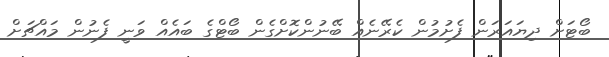
ބޯޓަށް ދިޔައަރަން ފެށުމުން ކެރޭނެއް ބޭނުންކޮށްގެން ބޯޓްގެ ބައެއް ވަނީ ފެނުން މައްޗަށް